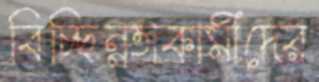
বিচ্ছিন্নতাকামীদের